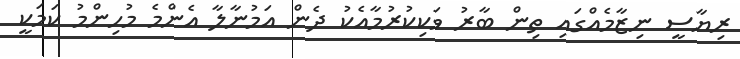
ރިޔާސީ ނިޒާމެއްގައި ތިން ބާރު ވަކިކުރުމާއެކު ދެން އަމުނާލާ އެންމެ މުހިންމު ކަމަކީ